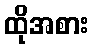
ထိုအစား